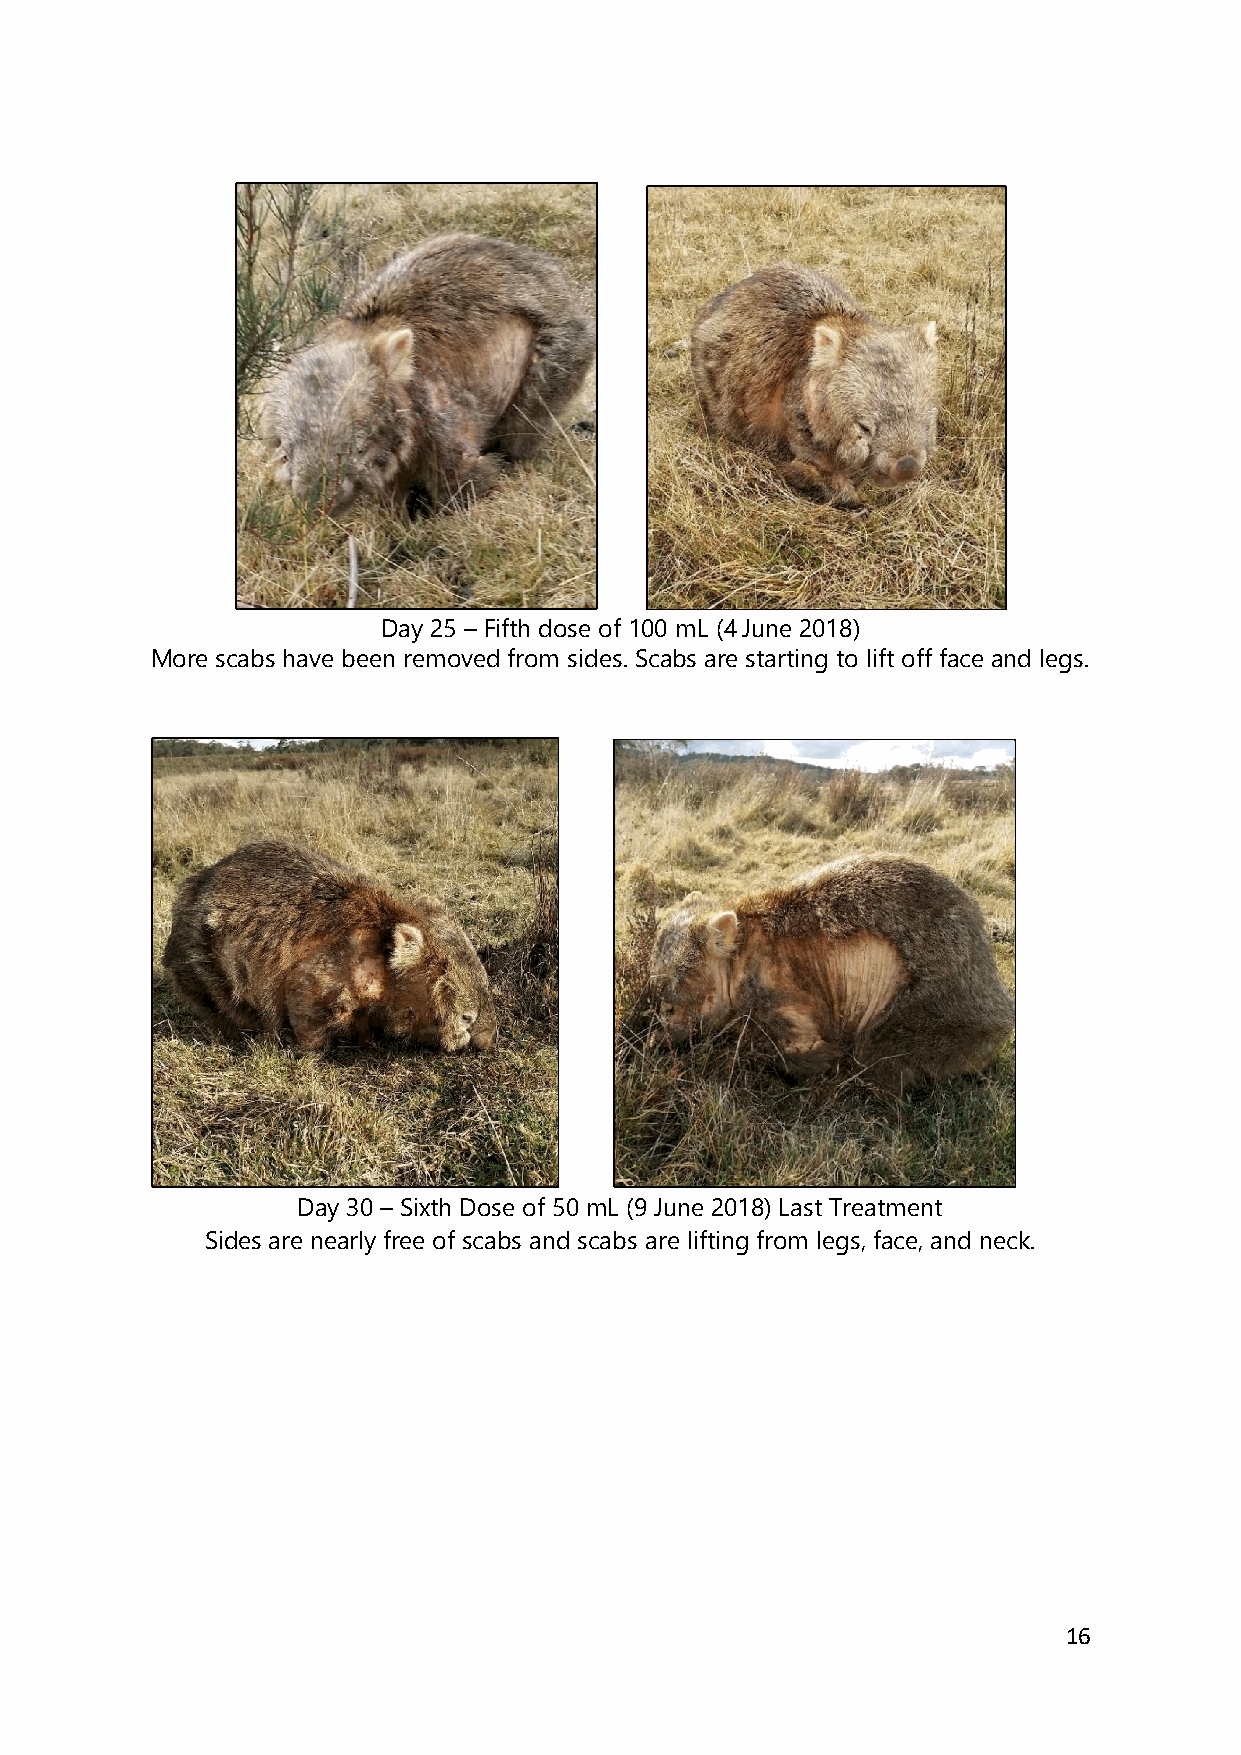
Day 25 – Fifth dose of 100 mL (4 June 2018)
 More scabs have been removed from sides. Scabs are starting to lift off face and legs.
 Day 30 – Sixth Dose of 50 mL (9 June 2018) Last Treatment
 Sides are nearly free of scabs and scabs are lifting from legs, face, and neck.
 16